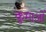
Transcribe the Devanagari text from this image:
कुमाओं